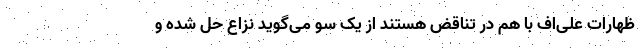
ظهارات علی‌اف با هم در تناقض هستند از یک سو می‌گوید نزاع حل شده و